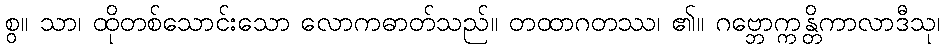
စွ။ သာ၊ ထိုတစ်သောင်းသော လောကဓာတ်သည်။ တထာဂတဿ၊ ၏။ ဂဗ္ဘောက္ကန္တိကာလာဒီသု၊